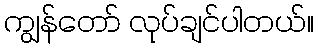
ကျွန်တော် လုပ်ချင်ပါတယ်။